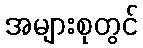
အများစုတွင်